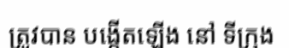
ត្រូវបាន បង្កើតឡើង នៅ ទីក្រុង